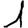
Digit: 1